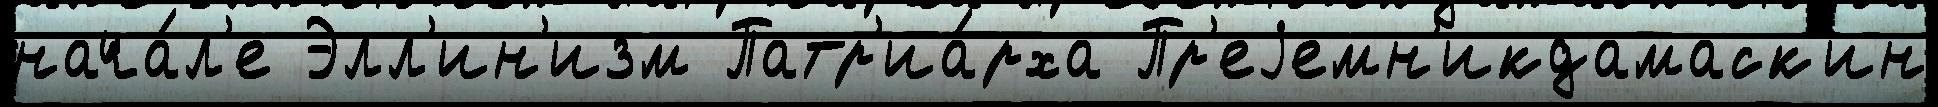
нача́л'е Элл'ин'изм Патр'иа́рха Пр'еjемн'икдамаск'ин